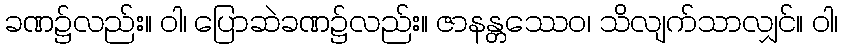
ခဏ၌လည်း။ ဝါ၊ ပြောဆဲခဏ၌လည်း။ ဇာနန္တဿေဝ၊ သိလျက်သာလျှင်။ ဝါ၊